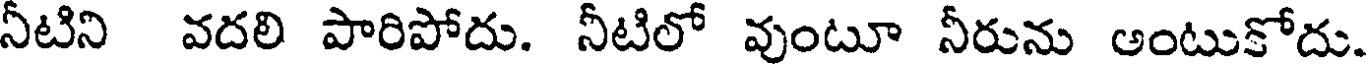
నీటిని వదలి పారిపోదు. నీటిలో వుంటూ నీరును అంటుకోదు.